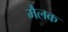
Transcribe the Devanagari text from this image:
मैलक